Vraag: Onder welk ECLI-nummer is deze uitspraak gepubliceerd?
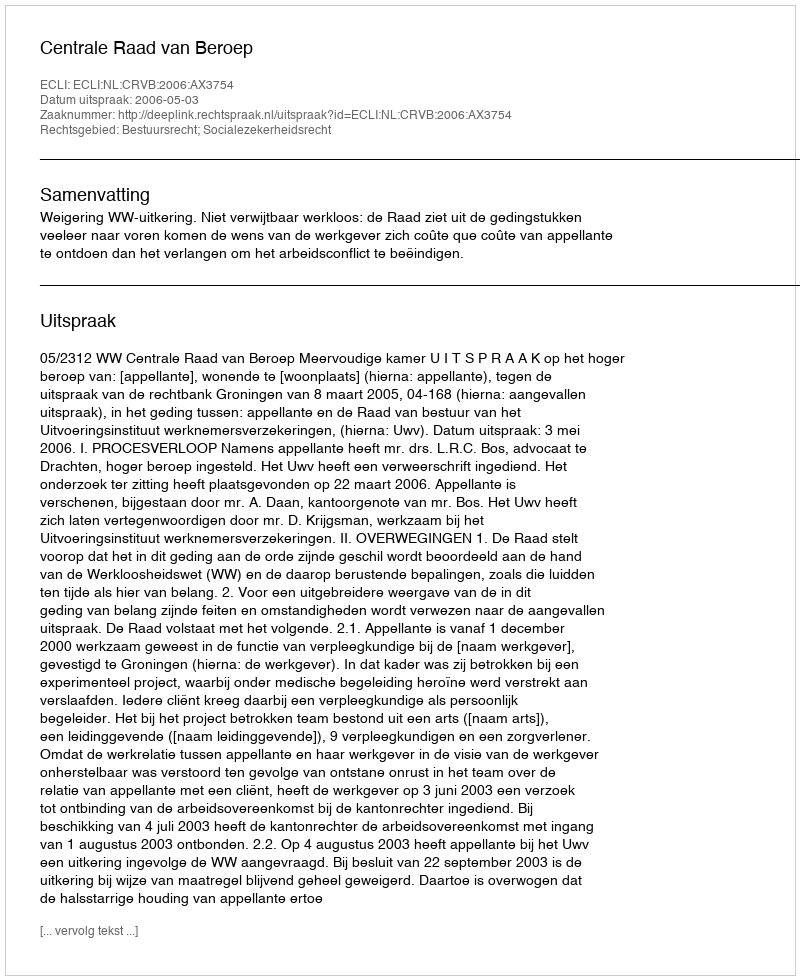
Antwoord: ECLI:NL:CRVB:2006:AX3754